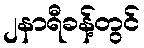
၂နာရီခန့်တွင်